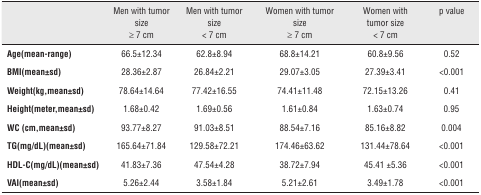
<table><thead><tr><td></td><td><b>Men with tumor size &gt;7 cm</b></td><td><b>Men with tumor size &lt; 7 cm</b></td><td><b>Women with tumor size &gt;7 cm</b></td><td><b>Women with tumor size &lt; 7 cm</b></td><td><b>p value</b></td></tr></thead><tbody><tr><td><b>Age(mean-range)</b></td><td>66.5±12.34</td><td>62.8±8.94</td><td>68.8±14.21</td><td>60.8±9.56</td><td>0.52</td></tr><tr><td><b>BMI(mean±sd)</b></td><td>28.36±2.87</td><td>26.84±2.21</td><td>29.07±3.05</td><td>27.39±3.41</td><td>&lt;0.001</td></tr><tr><td><b>Weight(kg, mean±sd)</b></td><td>78.64±14.64</td><td>77.42±16.55</td><td>74.41±11.48</td><td>72.15±13.26</td><td>0.41</td></tr><tr><td><b>Height(meter, mean±sd)</b></td><td>1.68±0.42</td><td>1.69±0.56</td><td>1.61±0.84</td><td>1.63±0.74</td><td>0.95</td></tr><tr><td><b>WC (cm, mean±sd)</b></td><td>93.77±8.27</td><td>91.03±8.51</td><td>88.54±7.16</td><td>85.16±8.82</td><td>0.004</td></tr><tr><td><b>TG(mg/dL)(mean±sd)</b></td><td>165.64±71.84</td><td>129.58±72.21</td><td>174.46±63.62</td><td>131.44±78.64</td><td>&lt;0.001</td></tr><tr><td><b>HDL-C(mg/dL)(mean±sd)</b></td><td>41.83±7.36</td><td>47.54±4.28</td><td>38.72±7.94</td><td>45.41 ±5.36</td><td>&lt;0.001</td></tr><tr><td><b>VAI(mean±sd)</b></td><td>5.26±2.44</td><td>3.58±1.84</td><td>5.21±2.61</td><td>3.49±1.78</td><td>&lt;0.001</td></tr></tbody></table>